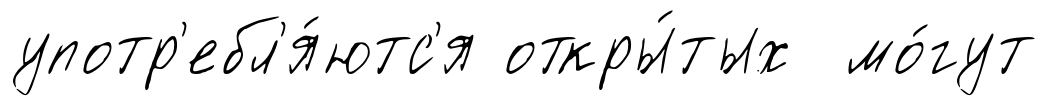
употр'ебл'я́ютс'я откры́тых мо́гут